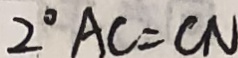
2 ^ { \circ } A C = C N